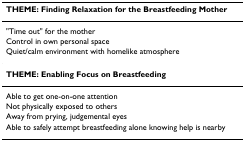
<table><thead><tr><td><b>THEME: Finding Relaxation for the Breastfeeding Mother</b></td></tr></thead><tbody><tr><td>&quot;Time out&quot; for the mother</td></tr><tr><td>Control in own personal space</td></tr><tr><td>Quiet/calm environment with homelike atmosphere</td></tr><tr><td><b>THEME: Enabling Focus on Breastfeeding</b></td></tr><tr><td>Able to get one-on-one attention</td></tr><tr><td>Not physically exposed to others</td></tr><tr><td>Away from prying, judgemental eyes</td></tr><tr><td>Able to safely attempt breastfeeding alone knowing help is nearby</td></tr></tbody></table>